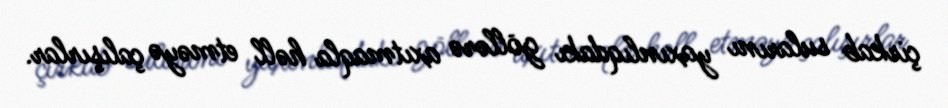
çirkab sularını yaxınlıqdakı göllərə axıtmaqla həll etməyə çalışırlar.